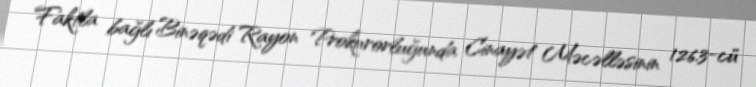
Faktla bağlı Binəqədi Rayon Prokurorluğunda Cinayət Məcəlləsinin 126.3-cü